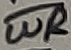
Text: WR